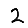
Digit: 2